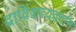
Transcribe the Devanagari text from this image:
द्वाविंशत्यवदान